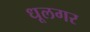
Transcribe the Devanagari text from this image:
धूलगर